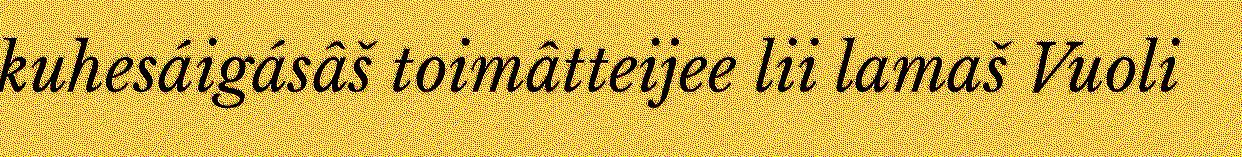
kuhesáigásâš toimâtteijee lii lamaš Vuoli